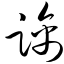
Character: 踽